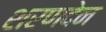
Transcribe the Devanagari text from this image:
शरणदेन